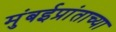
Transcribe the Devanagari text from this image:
मुंबईप्रांताच्या